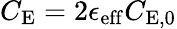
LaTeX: C_{\mathrm{E}}=2\epsilon_{\mathrm{eff}}C_{\mathrm{E},0}